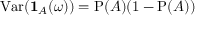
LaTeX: \operatorname { V a r } ( \mathbf { 1 } _ { A } ( \omega ) ) = \operatorname { P } ( A ) ( 1 - \operatorname { P } ( A ) )